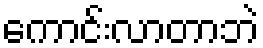
ကောင်းလာတာဘဲ